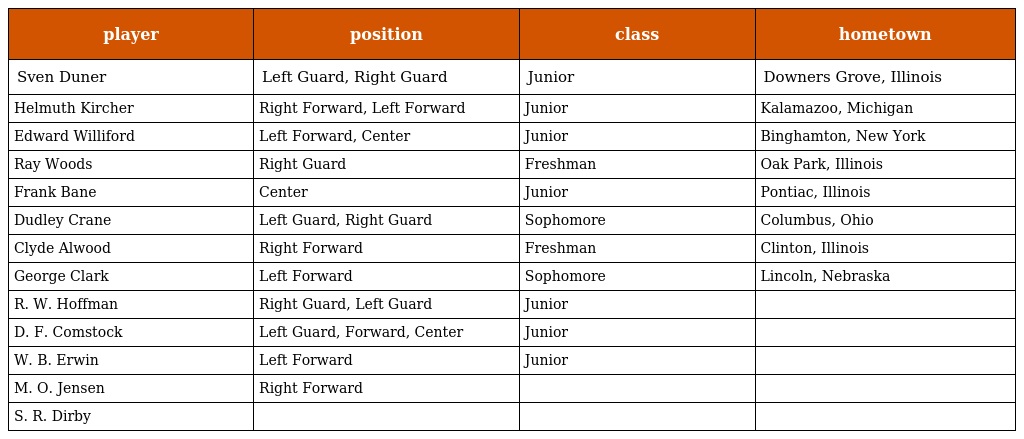
| player | position | class | hometown |
 | --- | --- | --- | --- |
 | Sven Duner | Left Guard, Right Guard | Junior | Downers Grove, Illinois |
 | Helmuth Kircher | Right Forward, Left Forward | Junior | Kalamazoo, Michigan |
 | Edward Williford | Left Forward, Center | Junior | Binghamton, New York |
 | Ray Woods | Right Guard | Freshman | Oak Park, Illinois |
 | Frank Bane | Center | Junior | Pontiac, Illinois |
 | Dudley Crane | Left Guard, Right Guard | Sophomore | Columbus, Ohio |
 | Clyde Alwood | Right Forward | Freshman | Clinton, Illinois |
 | George Clark | Left Forward | Sophomore | Lincoln, Nebraska |
 | R. W. Hoffman | Right Guard, Left Guard | Junior |  |
 | D. F. Comstock | Left Guard, Forward, Center | Junior |  |
 | W. B. Erwin | Left Forward | Junior |  |
 | M. O. Jensen | Right Forward |  |  |
 | S. R. Dirby |  |  |  |